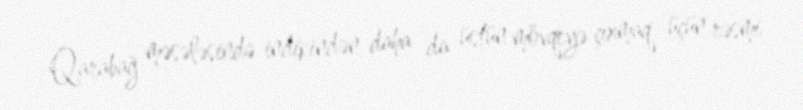
Qarabağ məsələsində indikindən daha da üstün mövqeyə çıxmaq üçün rəsmi